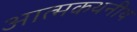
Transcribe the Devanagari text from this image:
आत्मकथनीय